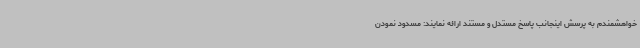
خواهشمندم به پرسش اینجانب پاسخ مستدل و مستند ارائه نمایند: مسدود نمودن